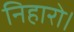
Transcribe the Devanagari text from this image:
निहारो।